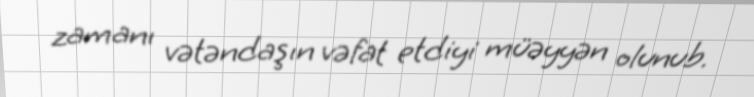
zamanı vətəndaşın vəfat etdiyi müəyyən olunub.